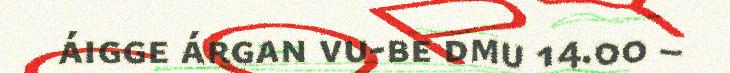
áigge árgan vu-be dmu 14.00 –